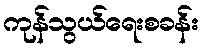
ကုန်သွယ်ရေးစခန်း